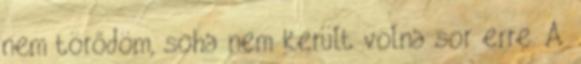
nem törődöm, soha nem került volna sor erre. A